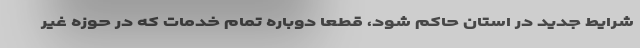
شرایط جدید در استان حاکم شود، قطعا دوباره تمام خدمات که در حوزه غیر